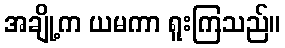
အချို့က ယမကာ ရူးကြသည်။